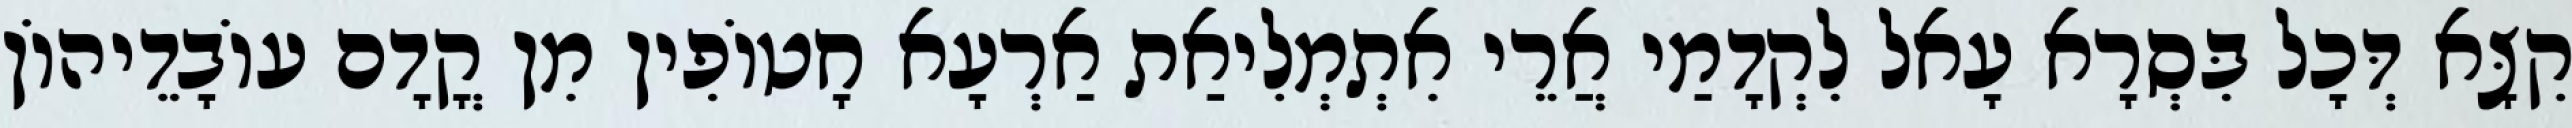
קִצָּא דְּכָל בִּסְרָא עָאל לִקְדָמַי אֲרֵי אִתְמְלִיאַת אַרְעָא חָטוֹפִין מִן קֳדָם עוֹבָדֵיהוֹן